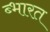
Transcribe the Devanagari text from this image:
ब्भारत